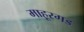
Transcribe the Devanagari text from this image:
माहूरगड